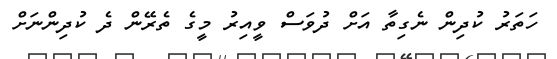
ހަތަރު ކުދިން ނެގިތާ އަށް ދުވަސް ވީއިރު މީގެ ތެރޭން ދެ ކުދިންނަށް